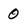
Character: 0